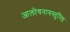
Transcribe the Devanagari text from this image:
आलोचनावस्तुनिष्ठ